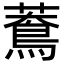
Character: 𦿲